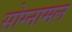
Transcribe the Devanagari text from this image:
सोग्नामल